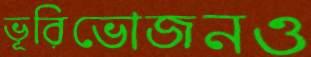
ভূরিভোজনও